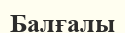
Балғалы